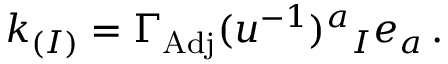
k _ { ( I ) } = \Gamma _ { \mathrm { A d j } } ( u ^ { - 1 } ) ^ { a } { } _ { I } e _ { a } \, .